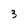
Character: 3